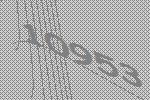
10953